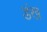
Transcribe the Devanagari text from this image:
डंख